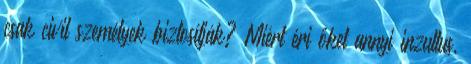
csak civil személyek biztosítják? Miért éri őket annyi inzultus,